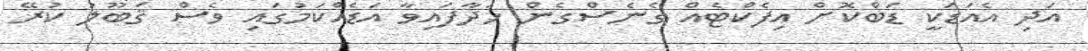
އަދި އެއަޑަކީ ޑަބްކޮށް އިފެކްޓެއް ގެނެސްގެން ހަދާފައިވާ އަޑެއްކަމުގައި ވެސް ޤަބޫލު ކުރޭ